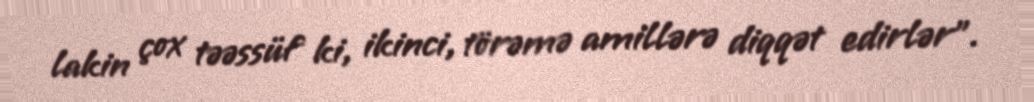
lakin çox təəssüf ki, ikinci, törəmə amillərə diqqət edirlər".